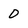
Character: 0